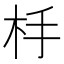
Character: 杽